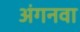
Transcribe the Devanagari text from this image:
अंगनवा